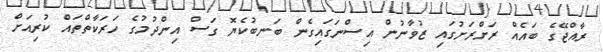
ރާއްޖޭގެ ބައެއް ރަށްރަށުގައި ޒުވާނުން އިސްނަގައިގެން ބަނބުކެޔޮ ގަސް އިންދުމުުގެ ހަރަކާތްތައް ކުރިއަށް